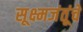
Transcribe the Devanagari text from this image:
सूक्ष्मजंतूंचे